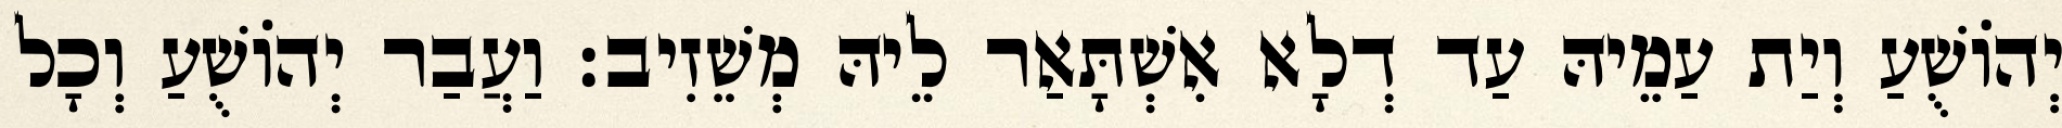
יְהוֹשֻׁעַ וְיַת עַמֵיהּ עַד דְלָא אִשְׁתָּאַר לֵיהּ מְשֵׁזִיב׃ וַעֲבַר יְהוֹשֻׁעַ וְכָל